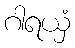
ဂါရယှံ